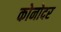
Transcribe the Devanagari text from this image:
कोनोदर